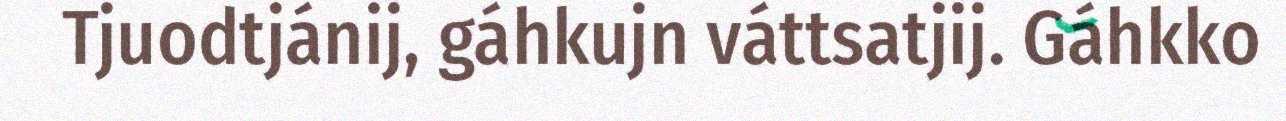
Tjuodtjánij, gáhkujn váttsatjij. Gáhkko